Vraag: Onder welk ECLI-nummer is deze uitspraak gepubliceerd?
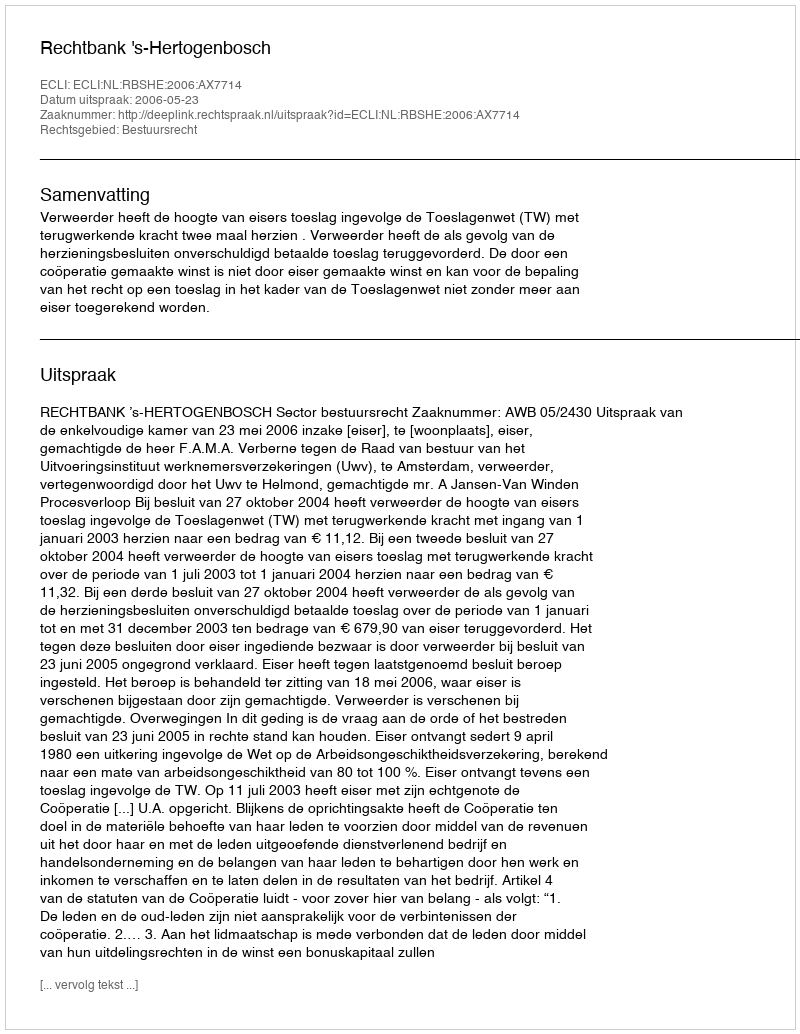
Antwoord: ECLI:NL:RBSHE:2006:AX7714